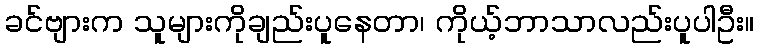
ခင်ဗျားက သူများကိုချည်းပူနေတာ၊ ကိုယ့်ဘာသာလည်းပူပါဦး။